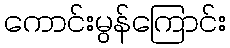
ကောင်းမွန်ကြောင်း